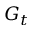
G _ { t }